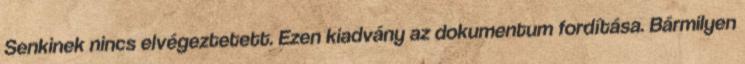
Senkinek nincs elvégeztetett. Ezen kiadvány az dokumentum fordítása. Bármilyen